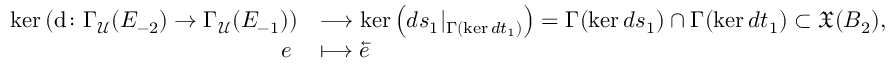
\begin{array} { r l } { \ker \left( \mathrm { d } \colon \Gamma _ { \mathcal { U } } ( E _ { - 2 } ) \rightarrow \Gamma _ { \mathcal { U } } ( E _ { - 1 } ) \right) } & { \longrightarrow \ker \left( d s _ { 1 } | _ { \Gamma ( \ker d t _ { 1 } ) } \right) = \Gamma ( \ker d s _ { 1 } ) \cap \Gamma ( \ker d t _ { 1 } ) \subset \mathfrak { X } ( B _ { 2 } ) , } \\ { e \; } & { \longmapsto \overleftarrow { e } } \end{array}